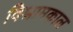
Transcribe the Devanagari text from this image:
विश्रामकाल